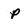
Character: p